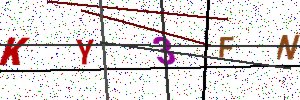
Text: KY3FN